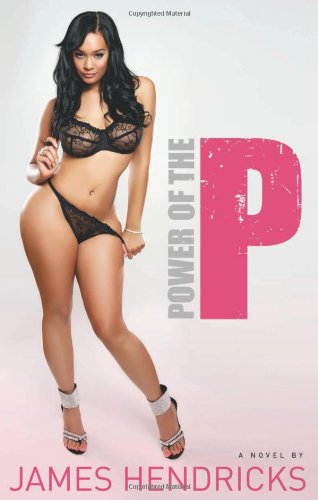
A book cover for Power of the P; James Hendricks; Romance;